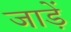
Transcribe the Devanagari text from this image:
जाड़ें